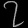
Digit: ၇